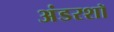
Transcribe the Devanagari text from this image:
अंडरशॉ